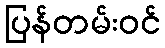
ပြန်တမ်းဝင်